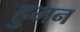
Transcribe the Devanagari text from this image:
हुमन